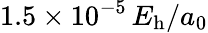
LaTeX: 1.5\times 10^{-5}\, E_{\mathrm{h}}/a_{0}